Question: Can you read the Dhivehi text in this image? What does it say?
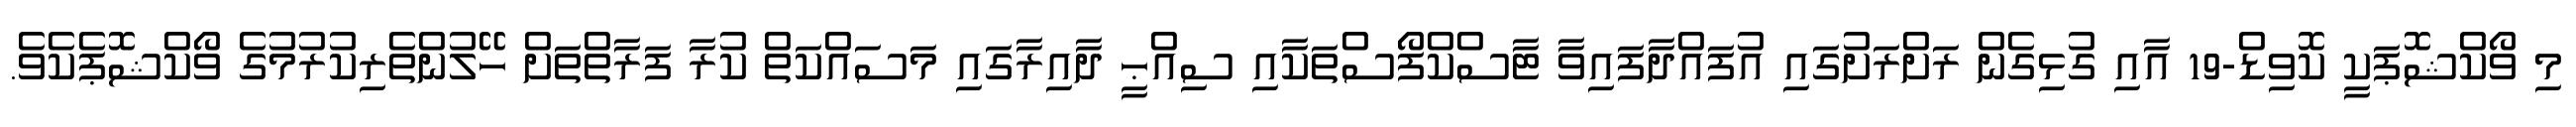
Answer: މި ވޯކްޝޮޕަކީ ކޮވިޑް-19 އާއި ގުޅިގެން ރަށްރަށުގައި އުފައްދާފައިވާ ޓާސްކްފޯސްތަކާއި ސިއްޙީ ދާއިރާގައި މަސައްކަތް ކުރާ ފަރާތްތަށް ހޭލުންތެރިކުރުމުގެ ވޯކްޝޮޕެކެވެ.